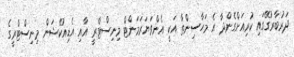
ދަރުބާރުގޭގައި ކުރިއަށްގެންދާ އެ މަހާސިންތާ އަކީ އެންވަޔަރަމަންޓް މިނިސްޓްރީ އާއި އެޑިއުކޭޝަން މިނިސްޓްރީގެ